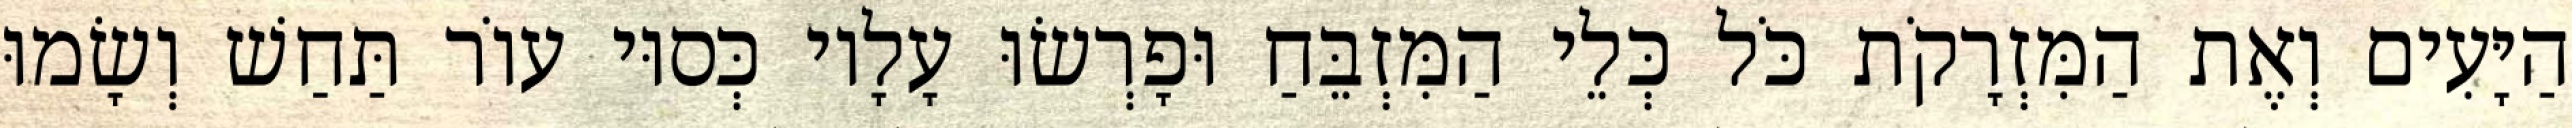
הַיָּעִים וְאֶת הַמִּזְרָקֹת כֹּל כְּלֵי הַמִּזְבֵּחַ וּפָרְשׂוּ עָלָיו כְּסוּי עוֹר תַּחַשׁ וְשָׂמוּ